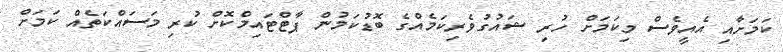
ކަމަށާއި އެއީވެސް މިކަމަށް ހުރި ޝައުގުވެރިކަމެއްގެ ބޮޑުކަމުން ޕާޓްޓައިމްކޮށް ކުރި މަސައްކަތެއް ކަމަށް